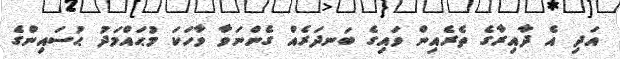
އަދި އެ ދާއިރާގެ ތެރެއިން ވައިގެ ބަނދަރެއް ގެންނަވާ ވާހަކަ މުޙައްމަދު ޙުސައިންގެ